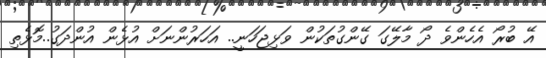
އޭ ބުރޯ އެހެންވެ ދޯ މާލޭގަ ގޭންގުތަކުން ވަޅިޖަހަނީ.. އަހަރުންނަށް އުޅެން އުންދަގު..މޮޅެތި